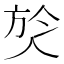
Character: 𭤹